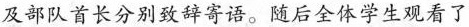
及部队首长分别致辞寄语。随后全体学生观看了